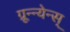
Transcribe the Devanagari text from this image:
ग्रून्न्येन्स्